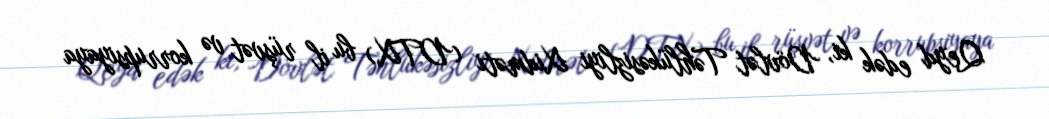
Qeyd edək ki, Dövlət Təhlükəsizliyi Xidməti (DTX) bu il rüşvət və korrupsiyaya